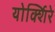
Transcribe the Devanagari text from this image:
योर्क्शिरे